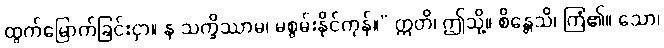
ထွက်မြောက်ခြင်းငှာ။ န သက္ခိဿာမ၊ မစွမ်းနိုင်ကုန်။” ဣတိ၊ ဤသို့။ စိန္တေသိ၊ ကြံ၏။ သော၊